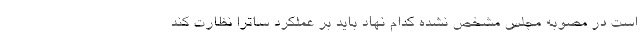
است در مصوبه مجلس مشخص نشده کدام نهاد باید بر عملکرد ساترا نظارت کند